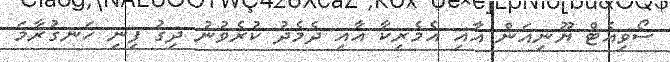
ސޯވިއެޓް ޔޫނިއަން އާއި އެމެރިކާ އާއި ދެމެދު ކުރެވުނު ދިގު ފިނި ހަނގުރާމަ